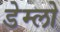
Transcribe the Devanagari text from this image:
डेम्लो